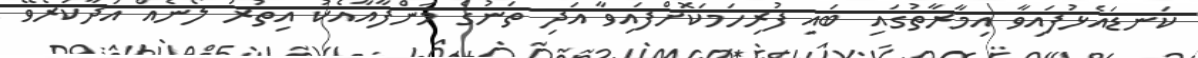
ކަނޑައެޅުފައިވާ އިމާރާތުގައި ބައި ފުރިހަމަކޮށްފައިވާ އަދި ތަނުގެ މަންފާއާއެކު އިތުރު ލޯނެއް އަދާކުރެވޭ